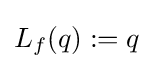
L_{f}(q):=q